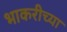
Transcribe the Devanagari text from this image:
भाकरीच्या